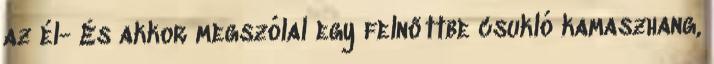
az él- És akkor megszólal egy felnőttbe csukló kamaszhang,